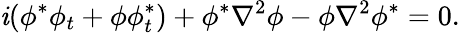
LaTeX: \mathit{i}(\phi^{*}\phi_{t}+\phi\phi_{t}^{*})+\phi^{*}\nabla^{2}\phi-\phi\nabla^{2}\phi^{*}=0.